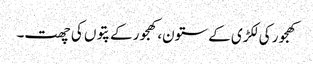
کھجور کی لکڑی کے ستون،کھجور کے پتوں کی چھت۔